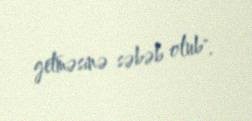
getməsinə səbəb olub".